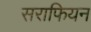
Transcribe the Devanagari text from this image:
सराफियन